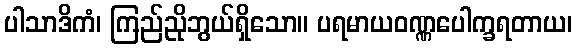
ပါသာဒိကံ၊ ကြည်ညိုဘွယ်ရှိသော။ ပရမာယဝဏ္ဏပေါက္ခရတာယ၊